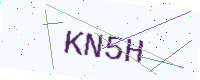
Text: KN5H